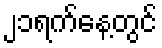
၂၁ရက်နေ့တွင်